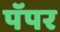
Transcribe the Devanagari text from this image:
पॅपर